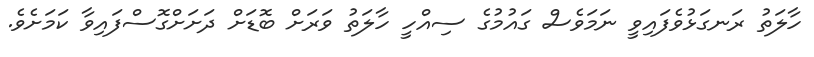
ހާލަތު ރަނގަޅުވެފައިވީ ނަމަވެސް ގައުމުގެ ސިއްހީ ހާލަތު ވަރަށް ބޮޑަށް ދަށަށްގޮސްފައިވާ ކަމަށެވެ.